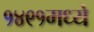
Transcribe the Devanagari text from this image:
१४९१मध्ये